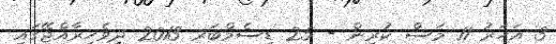
3 އަހަރު 11 މަސް ކުރިން - 25 ޑިސެމްބަރ 2013 ދިވެހިރާއްޖޭގައި